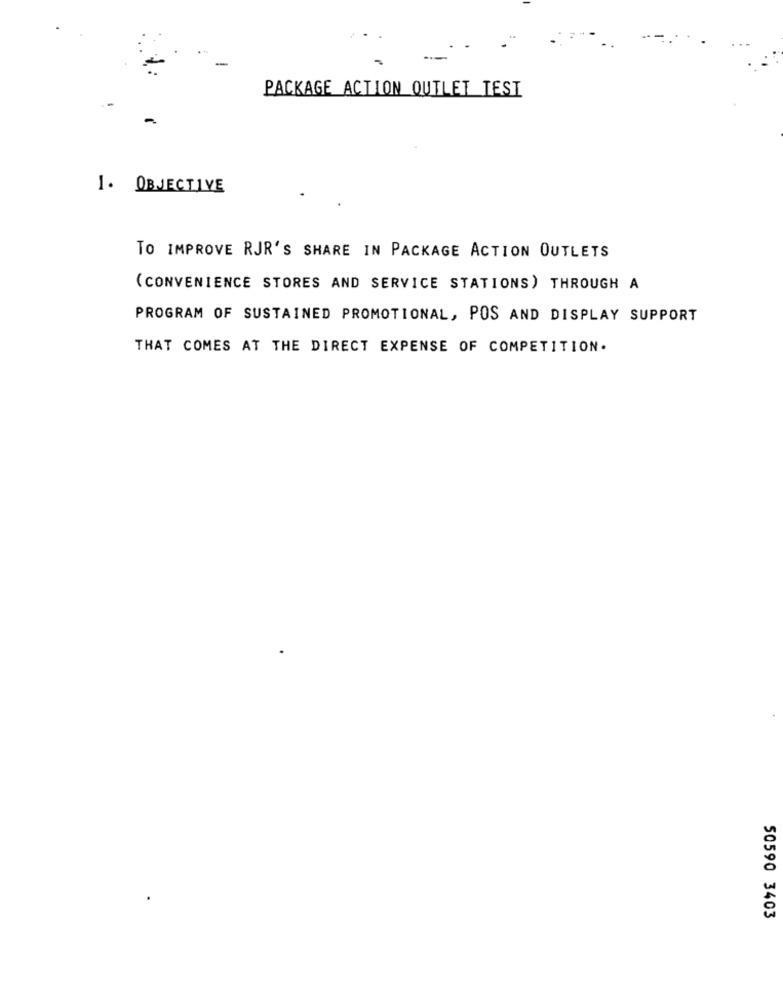
PACKAGE ACTION OUTLET TEST
1. OBJECTIVE
TO IMPROVE RJR'S SHARE IN PACKAGE ACTION OUTLETS
(CONVENIENCE STORES AND SERVICE STATIONS) THROUGH A
PROGRAM OF SUSTAINED PROMOTIONAL, POS AND DISPLAY SUPPORT
THAT COMES AT THE DIRECT EXPENSE OF COMPETITION.
50590 3403